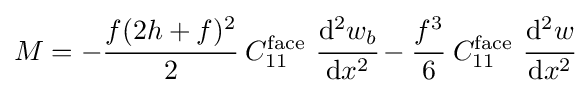
M=-{\cfrac {f(2h+f)^{2}}{2}}~C_{11}^{\mathrm {face} }~{\cfrac {\mathrm {d} ^{2}w_{b}}{\mathrm {d} x^{2}}}-{\cfrac {f^{3}}{6}}~C_{11}^{\mathrm {face} }~{\cfrac {\mathrm {d} ^{2}w}{\mathrm {d} x^{2}}}